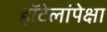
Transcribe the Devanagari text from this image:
हॉटेलांपेक्षा